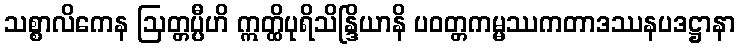
သစ္စာလိကေန ဩတ္တပ္ပီဟိ ဣတ္ထိပုရိသိန္ဒြိယာနိ ပဝတ္တကမ္မဿကတာဒဿနပဒဋ္ဌာနာ